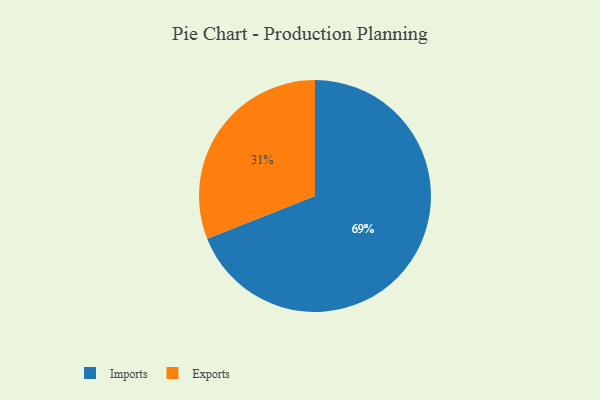
{"axis": {"x": "Category", "y": "Percentage"}, "legend": ["Exports", "Imports"], "data": [{"x": "Imports", "y": 69, "type": "Imports"}, {"x": "Exports", "y": 31, "type": "Exports"}]}